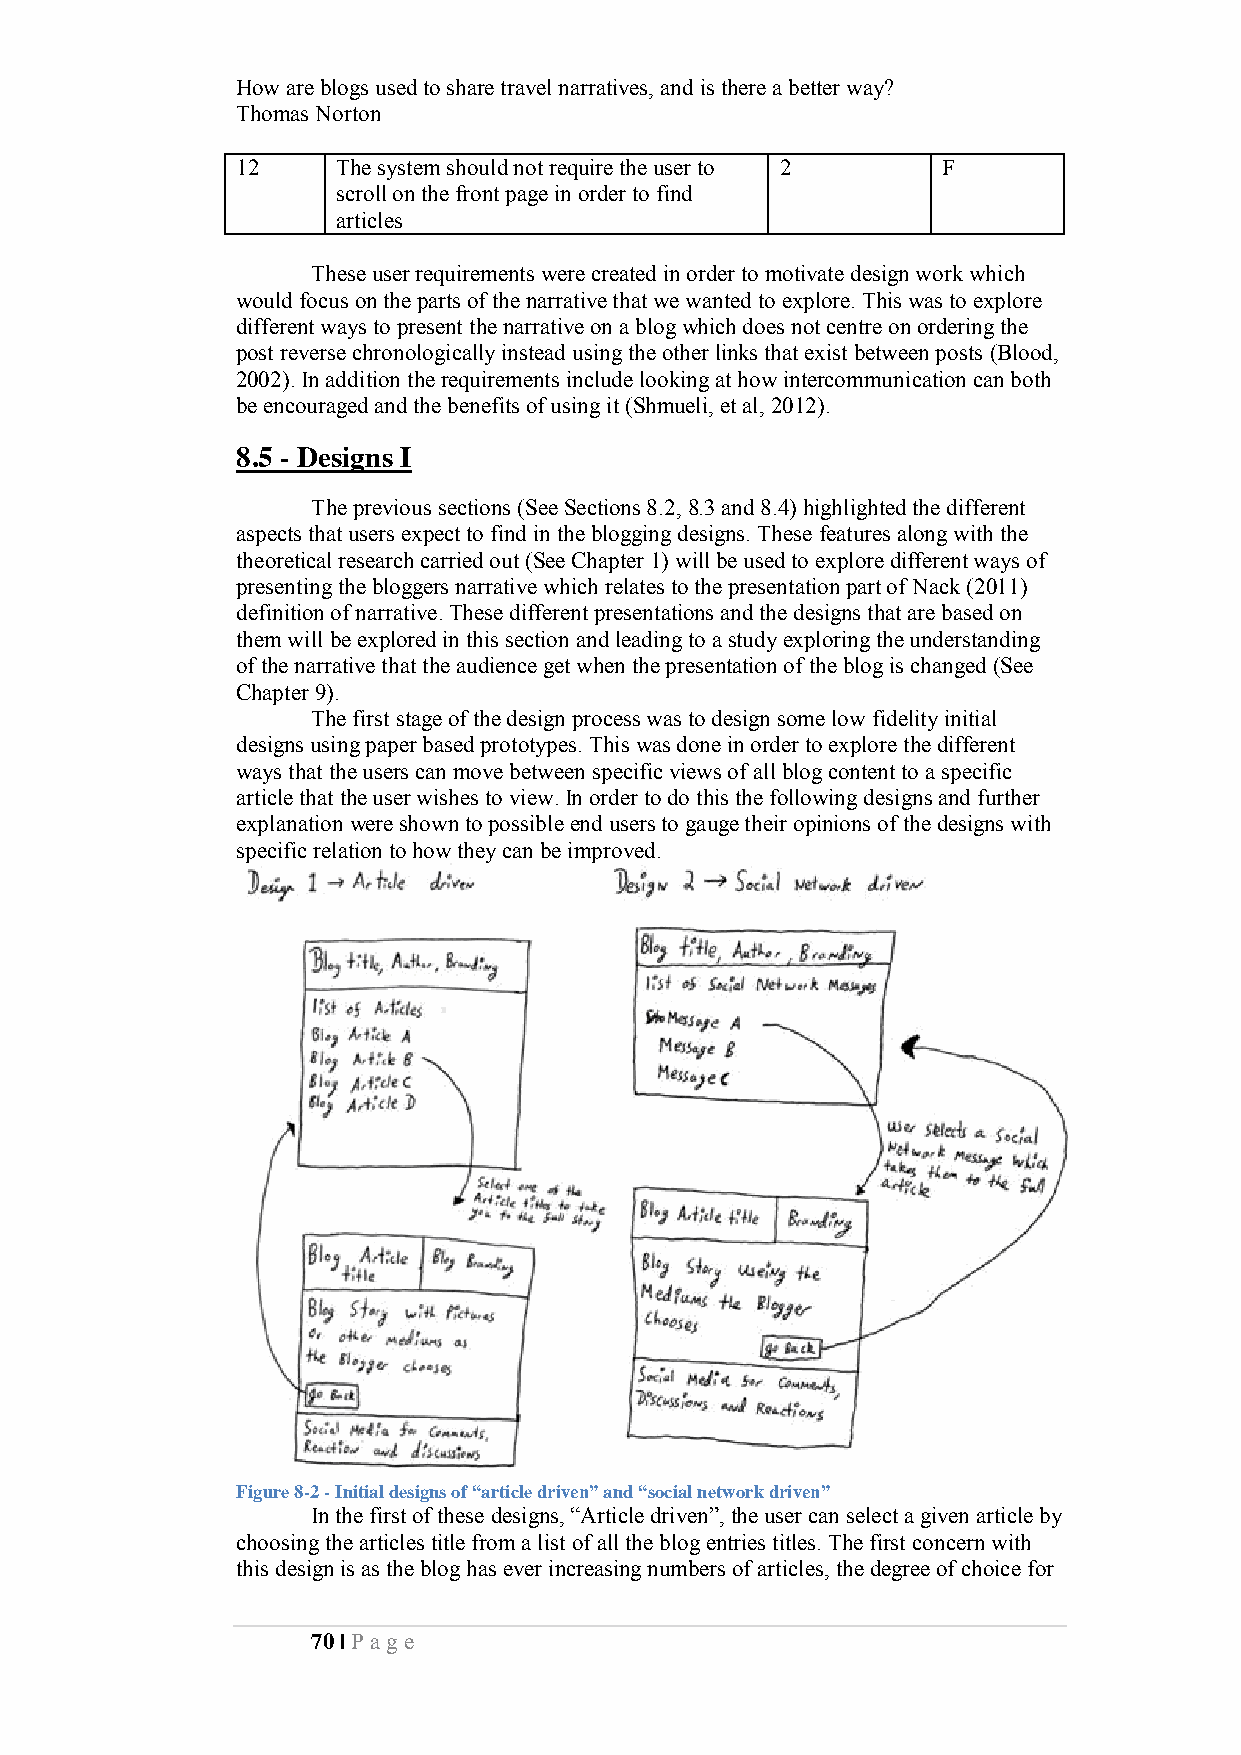
How are blogs used to share travel narratives, and is there a better way?
 Thomas Norton
 12    The system should not require the user to 2 F
 scroll on the front page in order to find
 articles
 These user requirements were created in order to motivate design work which
 would focus on the parts of the narrative that we wanted to explore. This was to explore
 different ways to present the narrative on a blog which does not centre on ordering the
 post reverse chronologically instead using the other links that exist between posts (Blood,
 2002). In addition the requirements include looking at how intercommunication can both
 be encouraged and the benefits of using it (Shmueli, et al, 2012).
 8.5 - Designs I
 The previous sections (See Sections 8.2, 8.3 and 8.4) highlighted the different
 aspects that users expect to find in the blogging designs. These features along with the
 theoretical research carried out (See Chapter 1) will be used to explore different ways of
 presenting the bloggers narrative which relates to the presentation part of Nack (2011)
 definition of narrative. These different presentations and the designs that are based on
 them will be explored in this section and leading to a study exploring the understanding
 of the narrative that the audience get when the presentation of the blog is changed (See
 Chapter 9).
 The first stage of the design process was to design some low fidelity initial
 designs using paper based prototypes. This was done in order to explore the different
 ways that the users can move between specific views of all blog content to a specific
 article that the user wishes to view. In order to do this the following designs and further
 explanation were shown to possible end users to gauge their opinions of the designs with
 specific relation to how they can be improved.
 Figure 8-2 - Initial designs of “article driven” and “social network driven”
 In the first of these designs, “Article driven”, the user can select a given article by
 choosing the articles title from a list of all the blog entries titles. The first concern with
 this design is as the blog has ever increasing numbers of articles, the degree of choice for
 70 | Pa ge